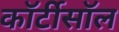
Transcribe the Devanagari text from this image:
कॉर्टीसॉल